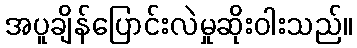
အပူချိန်ပြောင်းလဲမှုဆိုးဝါးသည်။